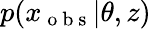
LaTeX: p(x_{\mathrm{~o~b~s~}}|\theta,z)